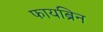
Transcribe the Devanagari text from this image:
फायब्रिन